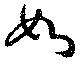
如